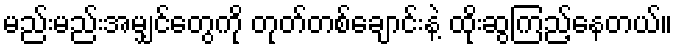
မည်းမည်းအမျှင်တွေကို တုတ်တစ်ချောင်းနဲ့ ထိုးဆွကြည့်နေတယ်။